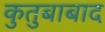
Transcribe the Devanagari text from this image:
कुतुबाबाद